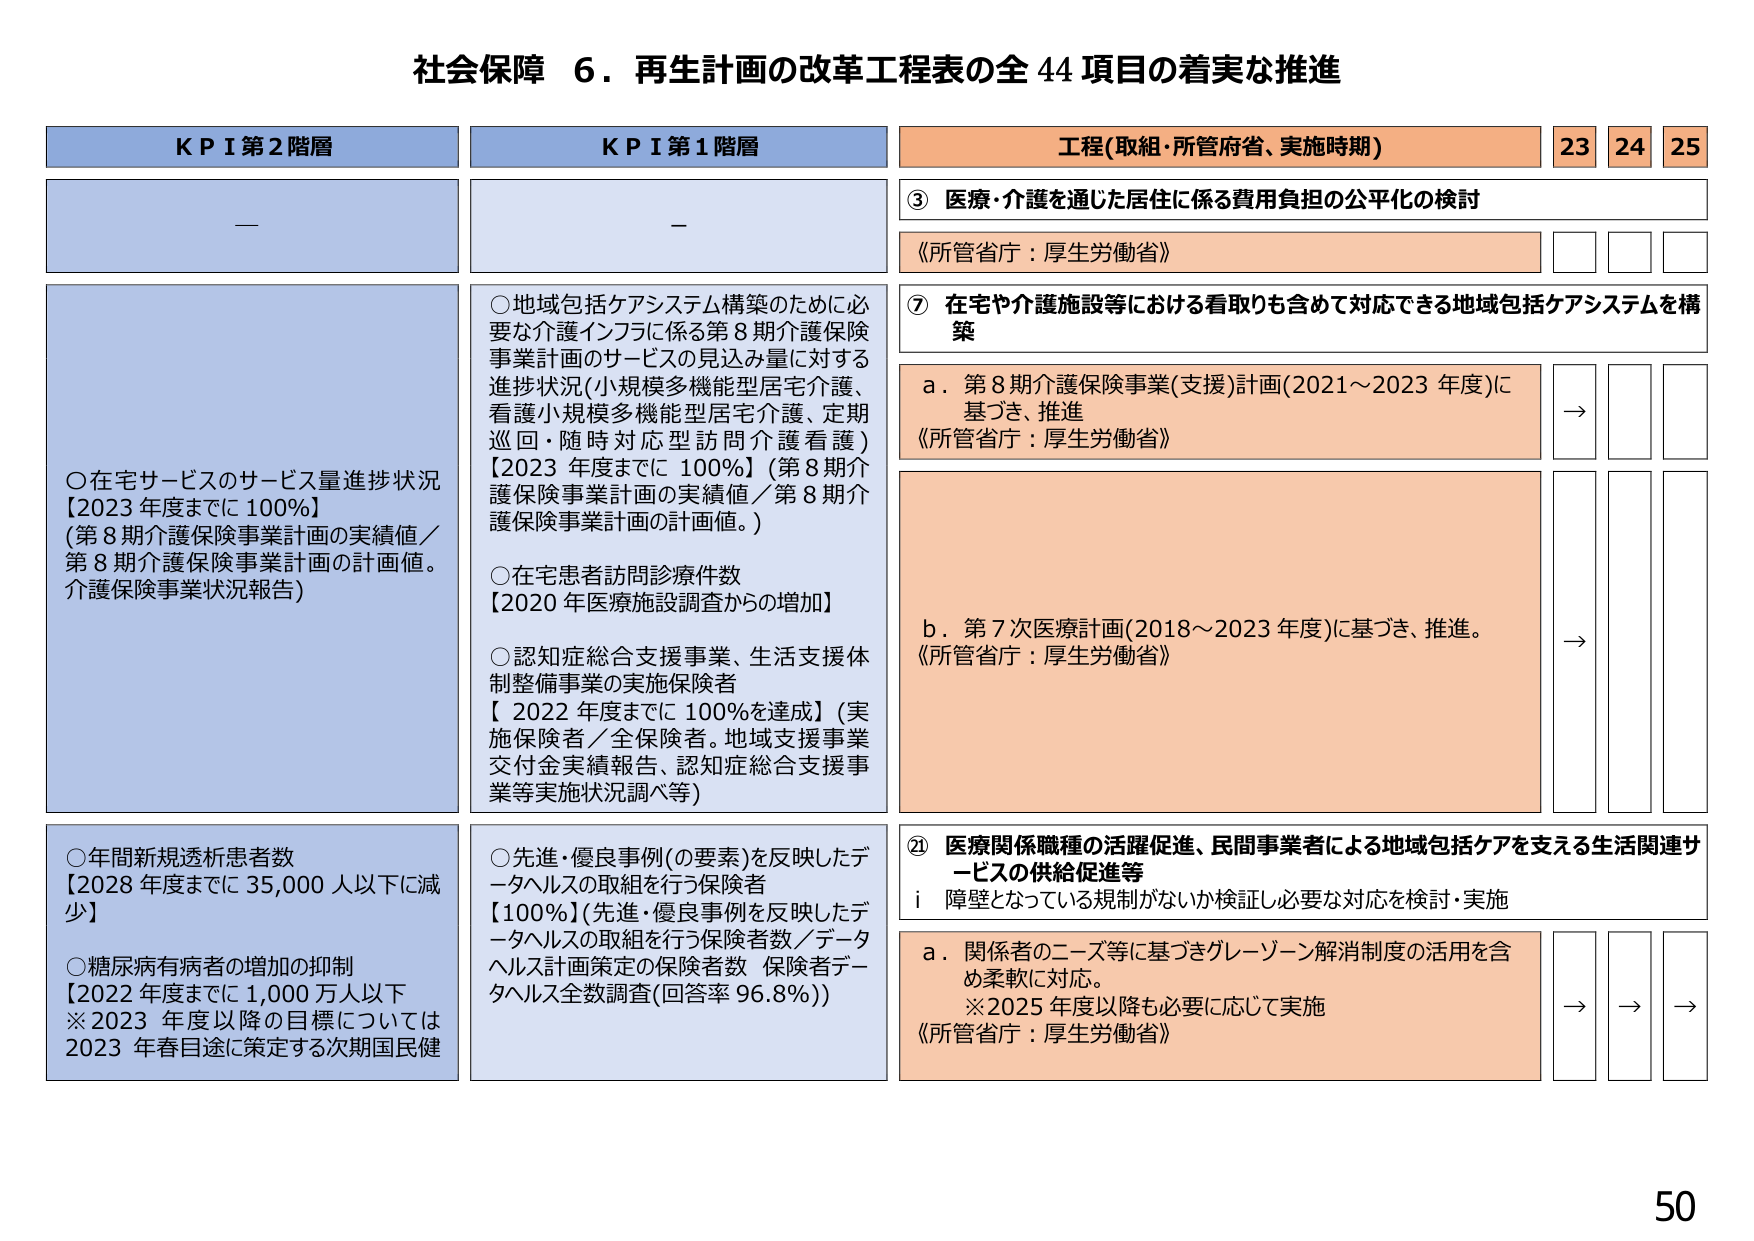
社会保障 6．再生計画の改革工程表の全 44 項目の着実な推進

KPI 第2階層
—

KPI 第1階層
—

工程（取組・所管府省、実施時期）
23 24 25

③ 医療・介護を通じた居住に係る費用負担の公平化の検討
《所管省庁：厚生労働省》

⑦ 在宅や介護施設等における看取りも含めて対応できる地域包括ケアシステムを構築
a．第8期介護保険事業（支援）計画（2021～2023年度）に基づき、推進
《所管省庁：厚生労働省》
→

b．第7次医療計画（2018～2023年度）に基づき、推進。
《所管省庁：厚生労働省》
→

⑳ 医療関係職種の活躍促進、民間事業者による地域包括ケアを支える生活関連サービスの供給促進等
i 障壁となっている規制がないか検証し必要な対応を検討・実施
a．関係者のニーズ等に基づきグレーゾーン解消制度の活用を含め柔軟に対応。
※2025年度以降も必要に応じて実施
《所管省庁：厚生労働省》
→ → →

○在宅サービスのサービス量進捗状況
【2023年度までに100％】
（第8期介護保険事業計画の実績値／第8期介護保険事業計画の計画値。介護保険事業状況報告）

○地域包括ケアシステム構築のために必要な介護インフラに係る第8期介護保険事業計画のサービスの見込み量に対する進捗状況（小規模多機能型居宅介護、看護小規模多機能型居宅介護、定期巡回・随時対応型訪問介護看護）
【2023年度までに100％】（第8期介護保険事業計画の実績値／第8期介護保険事業計画の計画値。）

○在宅患者訪問診療件数
【2020年医療施設調査からの増加】

○認知症総合支援事業、生活支援体制整備事業の実施保険者
【2022年度までに100％を達成】（実施保険者／全保険者。地域支援事業交付金実績報告、認知症総合支援事業等実施状況調べ等）

○年間新規透析患者数
【2028年度までに35,000人以下に減少】

○糖尿病有病者の増加の抑制
【2022年度までに1,000万人以下
※2023年度以降の目標については2023年春目途に策定する次期国民健

○先進・優良事例（の要素）を反映したデータヘルスの取組を行う保険者
【100％】（先進・優良事例を反映したデータヘルスの取組を行う保険者数／データヘルス計画策定の保険者数 保険者データヘルス全数調査（回答率96.8％））

50